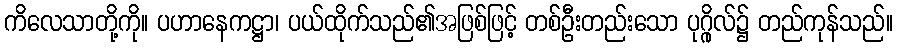
ကိလေသာတို့ကို။ ပဟာနေကဋ္ဌာ၊ ပယ်ထိုက်သည်၏အဖြစ်ဖြင့် တစ်ဦးတည်းသော ပုဂ္ဂိုလ်၌ တည်ကုန်သည်။